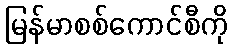
မြန်မာစစ်ကောင်စီကို